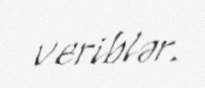
veriblər.